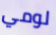
لومي